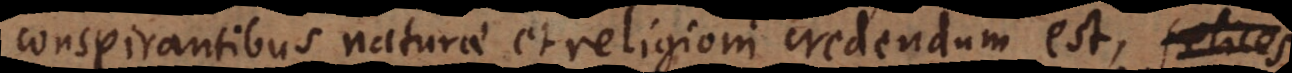
conspirantibus naturae et religioni credendum est, felices